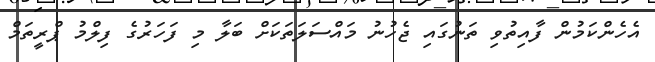
އެހެންކަމުން ފާއިތުވި ތަނުގައި ޖެހުނު މައްސަލަތަކަށް ބަލާ މި ފަހަރުގެ ފިލްމު ޕްރީތަމް